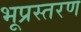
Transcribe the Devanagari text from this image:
भूप्रस्तरण